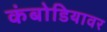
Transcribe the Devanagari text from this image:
कंबोडियावर